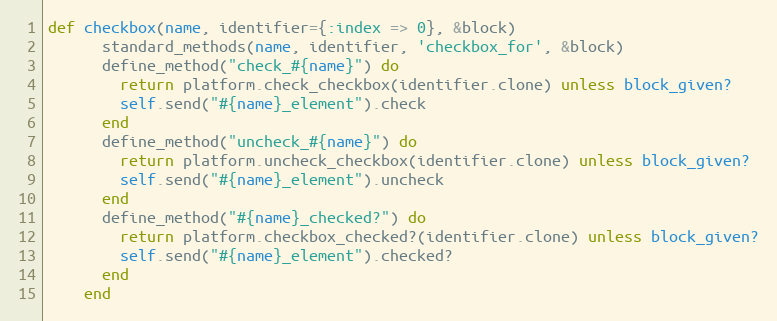
Language: Ruby
def checkbox(name, identifier={:index => 0}, &block)
      standard_methods(name, identifier, 'checkbox_for', &block)
      define_method("check_#{name}") do
        return platform.check_checkbox(identifier.clone) unless block_given?
        self.send("#{name}_element").check
      end
      define_method("uncheck_#{name}") do
        return platform.uncheck_checkbox(identifier.clone) unless block_given?
        self.send("#{name}_element").uncheck
      end
      define_method("#{name}_checked?") do
        return platform.checkbox_checked?(identifier.clone) unless block_given?
        self.send("#{name}_element").checked?
      end
    end